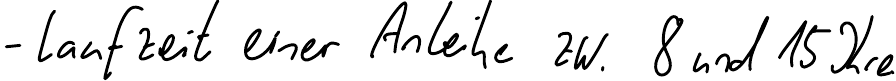
- Laufzeit einer Anleihe zw. 8 und 15 Jahre